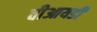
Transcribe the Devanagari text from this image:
वीआयडी